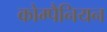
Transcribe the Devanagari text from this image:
कोम्पैनियन